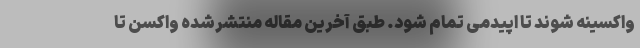
واکسینه شوند تا اپیدمی تمام شود. طبق آخرین مقاله منتشرشده واکسن تا